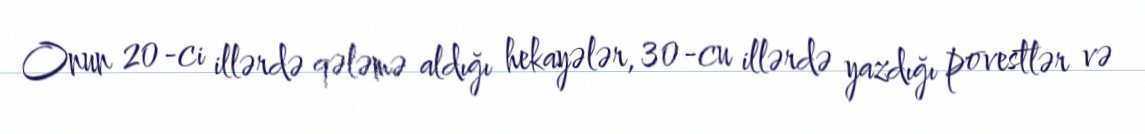
Onun 20-ci illərdə qələmə aldığı hekayələr, 30-cu illərdə yazdığı povestlər və